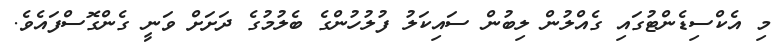
މި އެކްސިޑެންޓުގައި ގެއްލުން ލިބުން ސައިކަލު ފުލުހުންގެ ބެލުމުގެ ދަށަށް ވަނީ ގެންގޮސްފައެވެ.